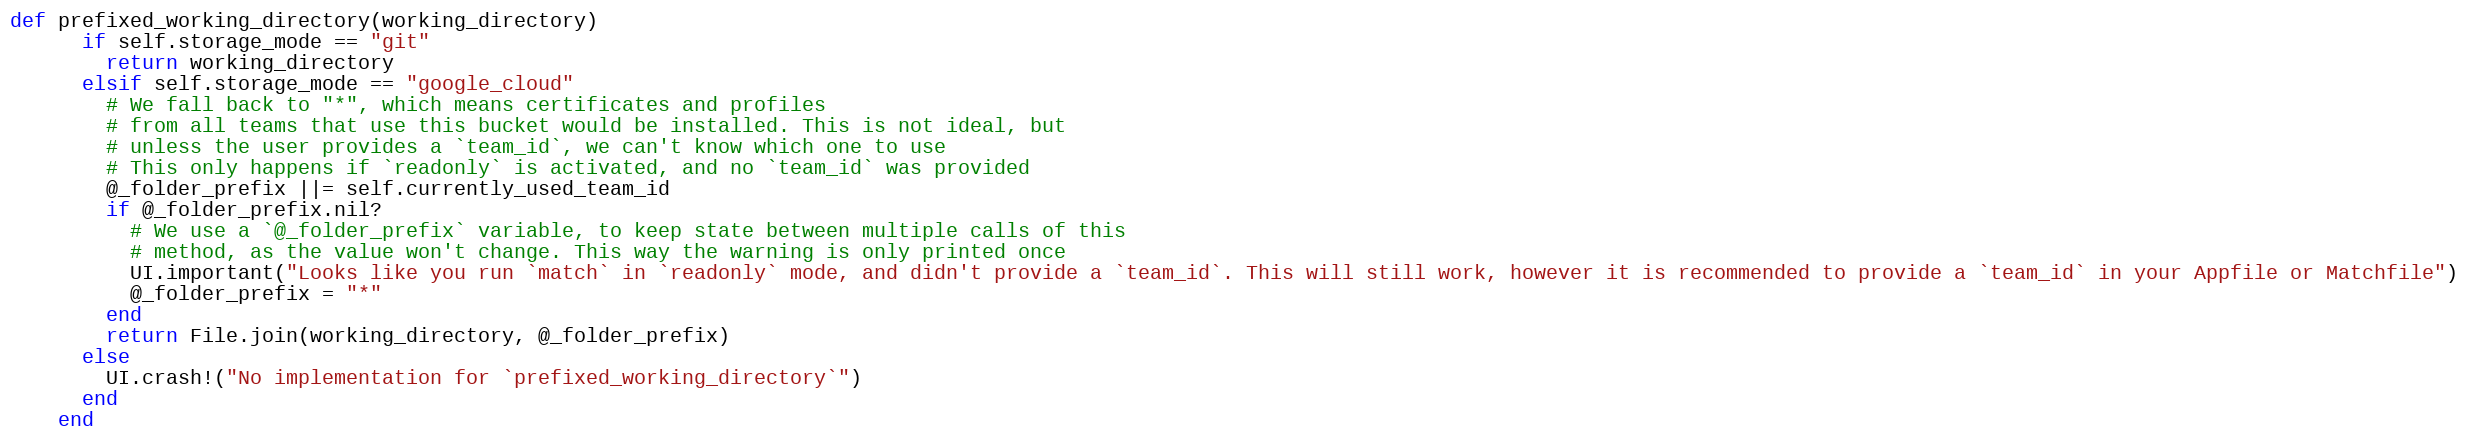
Language: Ruby
def prefixed_working_directory(working_directory)
      if self.storage_mode == "git"
        return working_directory
      elsif self.storage_mode == "google_cloud"
        # We fall back to "*", which means certificates and profiles
        # from all teams that use this bucket would be installed. This is not ideal, but
        # unless the user provides a `team_id`, we can't know which one to use
        # This only happens if `readonly` is activated, and no `team_id` was provided
        @_folder_prefix ||= self.currently_used_team_id
        if @_folder_prefix.nil?
          # We use a `@_folder_prefix` variable, to keep state between multiple calls of this
          # method, as the value won't change. This way the warning is only printed once
          UI.important("Looks like you run `match` in `readonly` mode, and didn't provide a `team_id`. This will still work, however it is recommended to provide a `team_id` in your Appfile or Matchfile")
          @_folder_prefix = "*"
        end
        return File.join(working_directory, @_folder_prefix)
      else
        UI.crash!("No implementation for `prefixed_working_directory`")
      end
    end